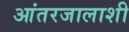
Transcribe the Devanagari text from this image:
आंतरजालाशी